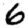
Digit: 6